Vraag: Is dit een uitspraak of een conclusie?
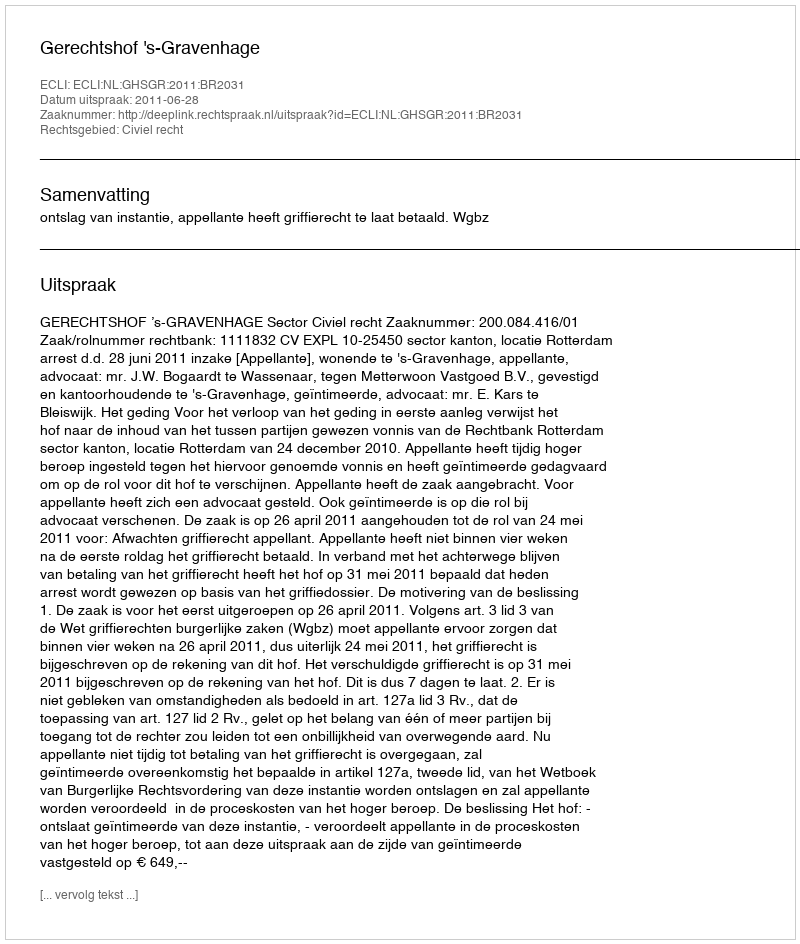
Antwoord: Uitspraak